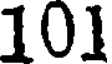
101